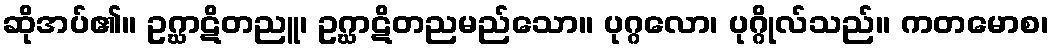
ဆိုအပ်၏။ ဥဂ္ဃာဋိတညူ၊ ဥဂ္ဃာဋိတညမည်သော။ ပုဂ္ဂလော၊ ပုဂ္ဂိုလ်သည်။ ကတမောစ၊